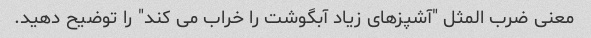
معنی ضرب المثل "آشپزهای زیاد آبگوشت را خراب می کند" را توضیح دهید.